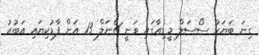
ގިނަ ބަޔަކު ސޯސަލް މީޑިއާގައި ވަނީ ޗެނަލް 13 އަށް ފާޑުކިޔައި އަބުރު